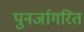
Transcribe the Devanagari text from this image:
पुनर्जागरित